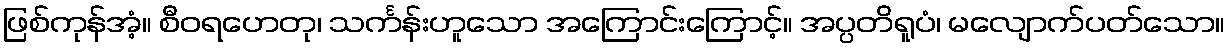
ဖြစ်ကုန်အံ့။ စီဝရဟေတု၊ သင်္ကန်းဟူသော အကြောင်းကြောင့်။ အပ္ပတိရူပံ၊ မလျောက်ပတ်သော။